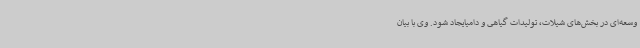
وسعه‌ای در بخش‌های شیلات، تولیدات گیاهی و دامیایجاد شود. وی با بیان